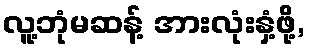
လူ့ဘုံမဆန့် အားလုံးနှံ့ဖို့,